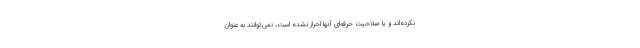
نکرده‌اند و یا صلاحیت حرفه‌ای آنها احراز نشده است، نمی‌توانند به عنوان